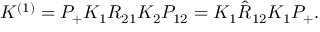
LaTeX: K ^ { ( 1 ) } = P _ { + } K _ { 1 } R _ { 2 1 } K _ { 2 } { \cal P } _ { 1 2 } = K _ { 1 } \hat { R } _ { 1 2 } K _ { 1 } P _ { + } .